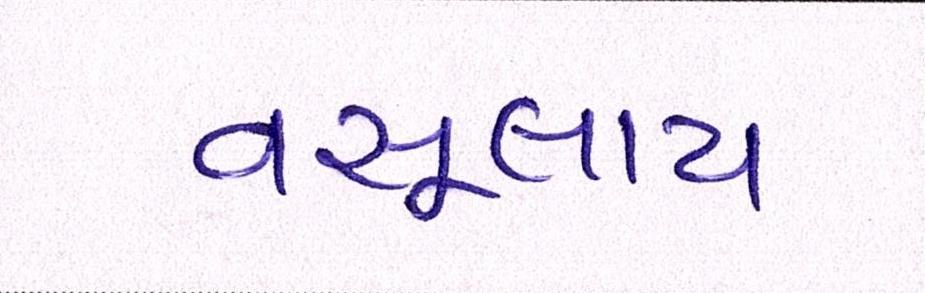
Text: વસૂલાય